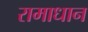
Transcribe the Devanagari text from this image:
रामाधान